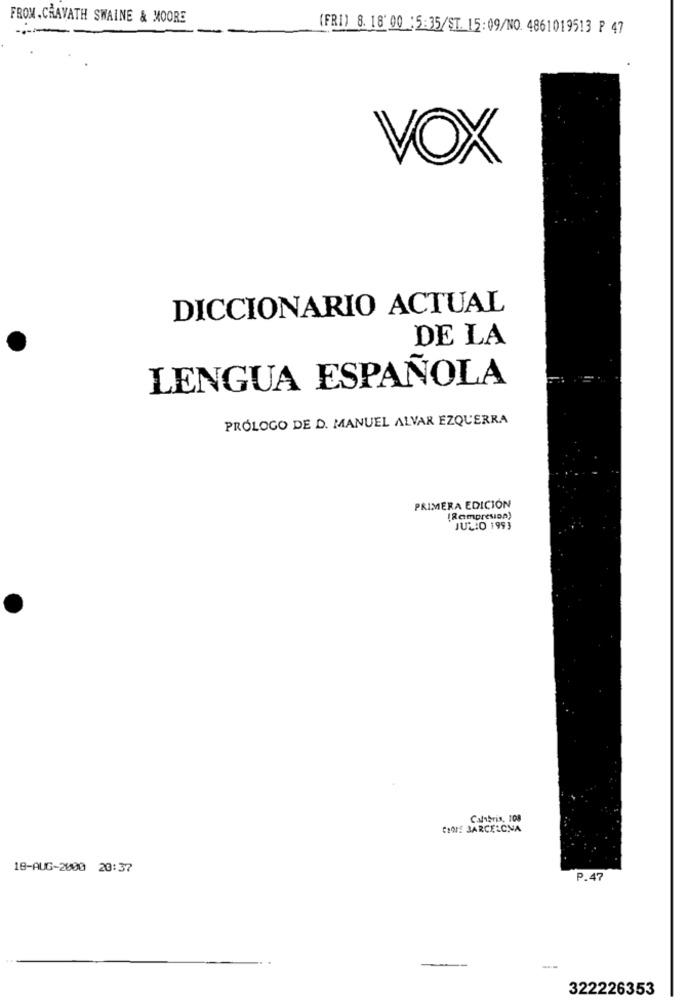
FROM. CRAVATH SWAINE & MOORE
(FRI) 8. 18 00 : 5:35/ST. 15:09/NO. 4861019513 P 47
VOX
DICCIONARIO ACTUAL
DE LA
LENGUA ESPAÑOLA
PRÓLOGO DE D. MANUEL ALVAR EZQUERRA
PRIMERA EDICIÓN
(Rampresion)
JULIO 1993
Calibris, 108
CHE BARCELONA
18-AUG-2000 20:37
P.47
-
322226353